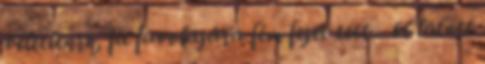
véletlenre, fa fuvolájára fém fejet tett - ki látott